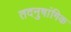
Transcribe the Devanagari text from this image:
तदनुषांगिक